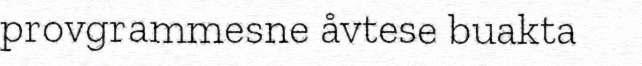
provgrammesne åvtese buakta